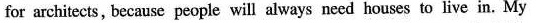
for architects,because people will always need houses to live in. My